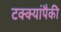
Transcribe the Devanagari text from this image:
टक्क्यांपैकी